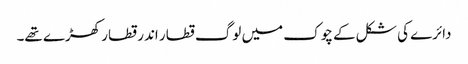
دائرے کی شکل کے چوک میں لوگ قطار اندر قطار کھڑے تھے۔